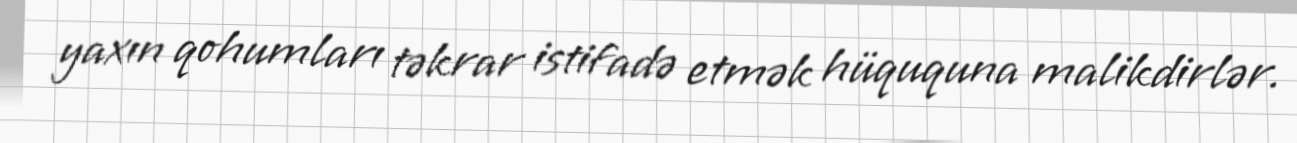
yaxın qohumları təkrar istifadə etmək hüququna malikdirlər.